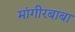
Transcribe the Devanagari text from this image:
मांगीरबाबा